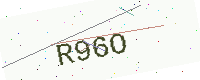
Text: R96O